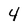
Character: 4